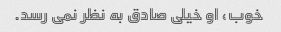
خوب، او خیلی صادق به نظر نمی رسد.